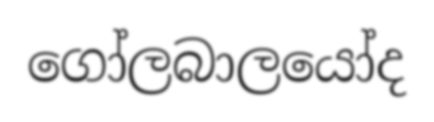
ගෝලබාලයෝද